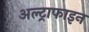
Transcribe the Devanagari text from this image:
अल्ट्राफाइन